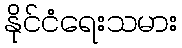
နိုင်ငံရေးသမား